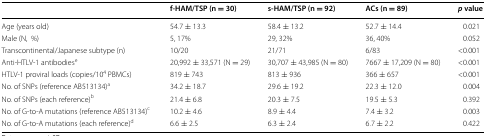
<table><thead><tr><td></td><td><b>f-HAM/TSP (n = 30)</b></td><td><b>s-HAM/TSP (n = 92)</b></td><td><b>ACs (n = 89)</b></td><td><b><i>p</i> value</b></td></tr></thead><tbody><tr><td>Age (years old)</td><td>54.7 ± 13.3</td><td>58.4 ± 13.2</td><td>52.7 ± 14.4</td><td>0.021</td></tr><tr><td>Male (N,%)</td><td>5, 17%</td><td>29, 32%</td><td>36, 40%</td><td>0.052</td></tr><tr><td>Transcontinental/Japanese subtype (n)</td><td>10/20</td><td>21/71</td><td>6/83</td><td>&lt;0.001</td></tr><tr><td>Anti-HTLV-1 antibodies<sup>e</sup></td><td>20,992 ± 33,571 (N = 29)</td><td>30,707 ± 43,985 (N = 80)</td><td>7667 ± 17,209 (N = 80)</td><td>&lt;0.001</td></tr><tr><td>HTLV-1 proviral loads (copies/10<sup>4</sup> PBMCs)</td><td>819 ± 743</td><td>813 ± 936</td><td>366 ± 657</td><td>&lt;0.001</td></tr><tr><td>No. of SNPs (reference AB513134)<sup>a</sup></td><td>34.2 ± 18.7</td><td>29.6 ± 19.2</td><td>22.3 ± 12.0</td><td>0.004</td></tr><tr><td>No. of SNPs (each reference)<sup>b</sup></td><td>21.4 ± 6.8</td><td>20.3 ± 7.5</td><td>19.5 ± 5.3</td><td>0.392</td></tr><tr><td>No. of G-to-A mutations (reference AB513134)<sup>c</sup></td><td>10.2 ± 4.6</td><td>8.9 ± 4.4</td><td>7.4 ± 3.2</td><td>0.003</td></tr><tr><td>No. of G-to-A mutations (each reference)<sup>d</sup></td><td>6.6 ± 2.5</td><td>6.3 ± 2.4</td><td>6.7 ± 2.2</td><td>0.422</td></tr></tbody></table>